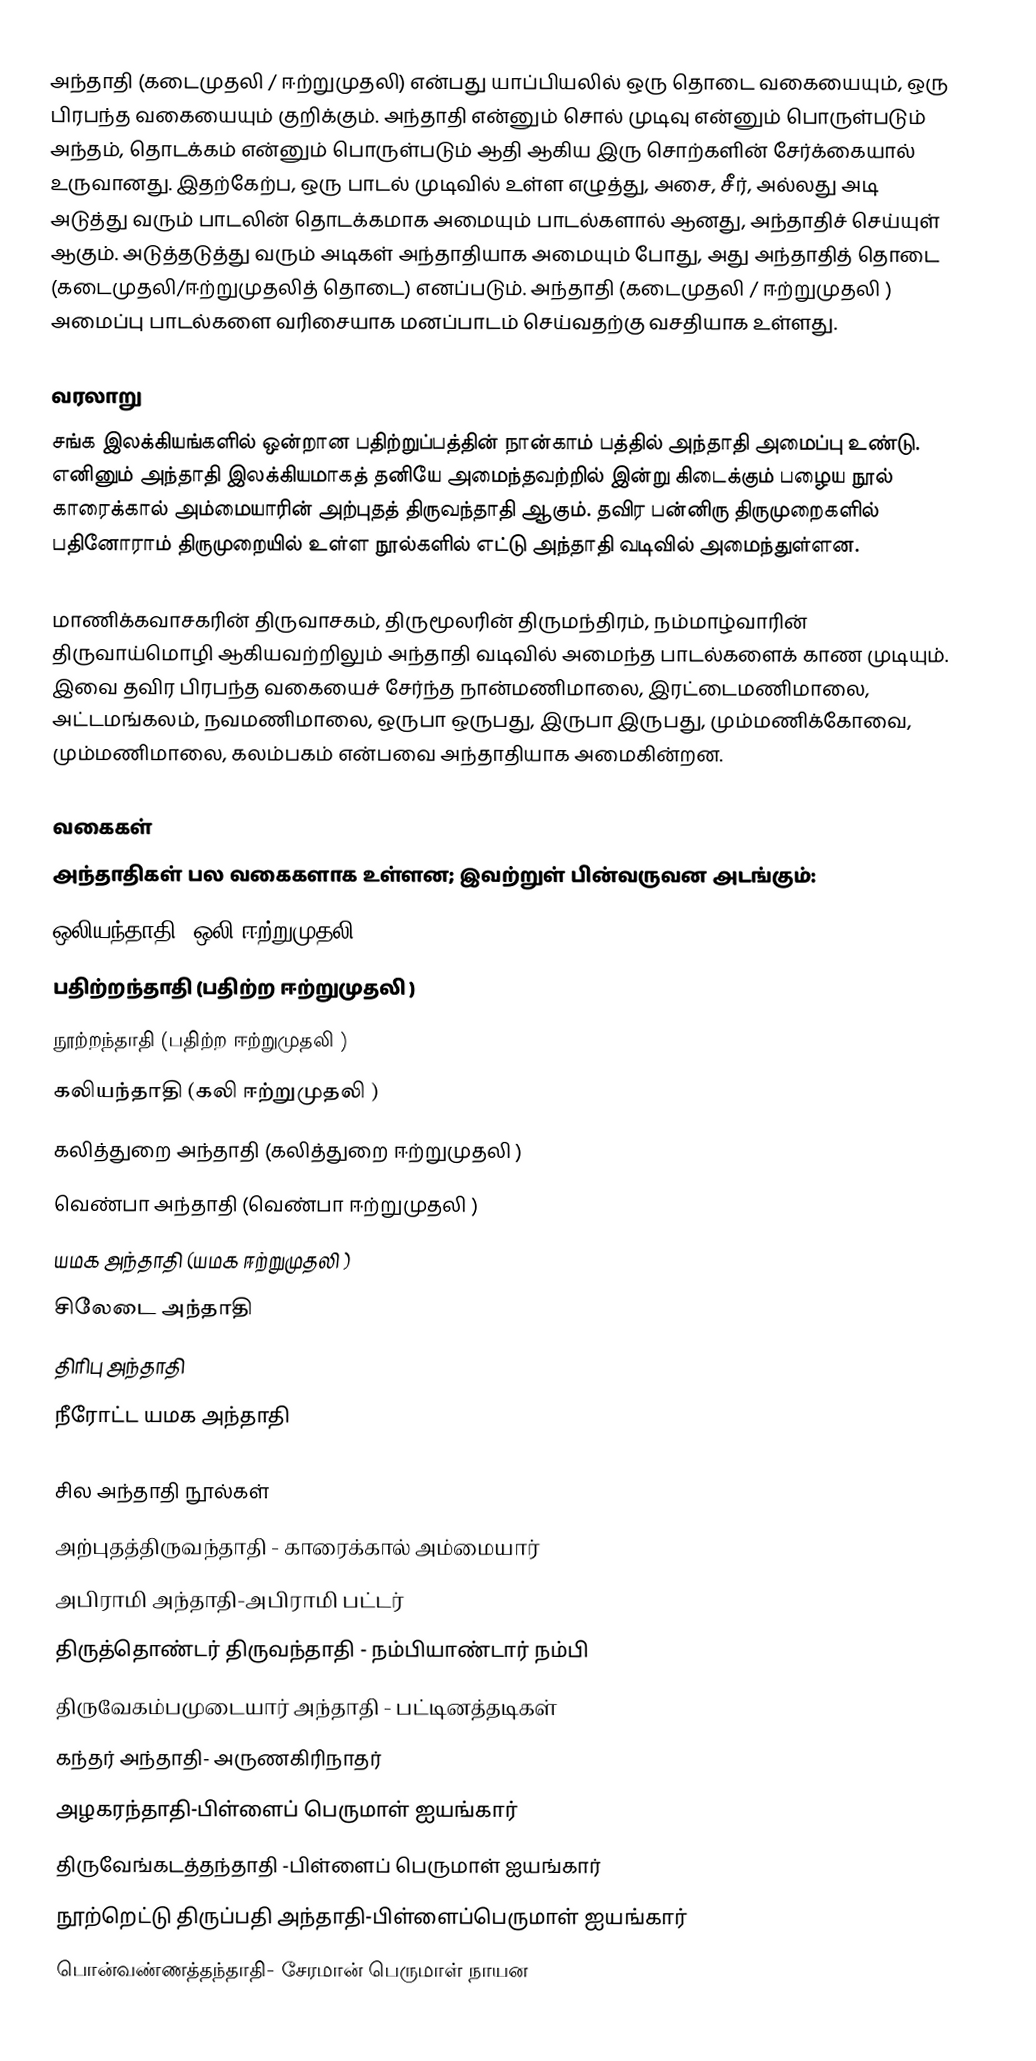
அந்தாதி (கடைமுதலி / ஈற்றுமுதலி) என்பது யாப்பியலில் ஒரு தொடை வகையையும், ஒரு பிரபந்த வகையையும் குறிக்கும். அந்தாதி என்னும் சொல் முடிவு என்னும் பொருள்படும் அந்தம், தொடக்கம் என்னும் பொருள்படும் ஆதி ஆகிய இரு சொற்களின் சேர்க்கையால் உருவானது. இதற்கேற்ப, ஒரு பாடல் முடிவில் உள்ள எழுத்து, அசை, சீர், அல்லது அடி அடுத்து வரும் பாடலின் தொடக்கமாக அமையும் பாடல்களால் ஆனது, அந்தாதிச் செய்யுள் ஆகும். அடுத்தடுத்து வரும் அடிகள் அந்தாதியாக அமையும் போது, அது அந்தாதித் தொடை (கடைமுதலி/ஈற்றுமுதலித் தொடை)  எனப்படும். அந்தாதி (கடைமுதலி / ஈற்றுமுதலி ) அமைப்பு பாடல்களை வரிசையாக மனப்பாடம் செய்வதற்கு வசதியாக உள்ளது.

வரலாறு
சங்க இலக்கியங்களில் ஒன்றான பதிற்றுப்பத்தின் நான்காம் பத்தில் அந்தாதி அமைப்பு உண்டு. எனினும் அந்தாதி இலக்கியமாகத் தனியே அமைந்தவற்றில் இன்று கிடைக்கும் பழைய நூல் காரைக்கால் அம்மையாரின் அற்புதத் திருவந்தாதி ஆகும். தவிர பன்னிரு திருமுறைகளில் பதினோராம் திருமுறையில் உள்ள நூல்களில் எட்டு அந்தாதி வடிவில் அமைந்துள்ளன.

மாணிக்கவாசகரின் திருவாசகம், திருமூலரின் திருமந்திரம், நம்மாழ்வாரின் திருவாய்மொழி ஆகியவற்றிலும் அந்தாதி வடிவில் அமைந்த பாடல்களைக் காண முடியும். இவை தவிர பிரபந்த வகையைச் சேர்ந்த நான்மணிமாலை, இரட்டைமணிமாலை, அட்டமங்கலம், நவமணிமாலை, ஒருபா ஒருபது, இருபா இருபது, மும்மணிக்கோவை, மும்மணிமாலை, கலம்பகம் என்பவை அந்தாதியாக அமைகின்றன.

வகைகள்
அந்தாதிகள் பல வகைகளாக உள்ளன; இவற்றுள் பின்வருவன அடங்கும்:
 ஒலியந்தாதி (ஒலி ஈற்றுமுதலி )
 பதிற்றந்தாதி (பதிற்ற ஈற்றுமுதலி )
 நூற்றந்தாதி (பதிற்ற ஈற்றுமுதலி )
 கலியந்தாதி (கலி ஈற்றுமுதலி )
 கலித்துறை அந்தாதி (கலித்துறை ஈற்றுமுதலி )
 வெண்பா அந்தாதி (வெண்பா ஈற்றுமுதலி )
 யமக அந்தாதி (யமக ஈற்றுமுதலி )
 சிலேடை அந்தாதி
 திரிபு அந்தாதி
 நீரோட்ட யமக அந்தாதி

சில அந்தாதி நூல்கள்
 அற்புதத்திருவந்தாதி - காரைக்கால் அம்மையார்
அபிராமி அந்தாதி-அபிராமி பட்டர்
 திருத்தொண்டர் திருவந்தாதி - நம்பியாண்டார் நம்பி
 திருவேகம்பமுடையார் அந்தாதி - பட்டினத்தடிகள்
 கந்தர் அந்தாதி- அருணகிரிநாதர்
 அழகரந்தாதி-பிள்ளைப் பெருமாள் ஐயங்கார்
 திருவேங்கடத்தந்தாதி -பிள்ளைப் பெருமாள் ஐயங்கார்
நூற்றெட்டு திருப்பதி அந்தாதி-பிள்ளைப்பெருமாள் ஐயங்கார்
 பொன்வண்ணத்தந்தாதி- சேரமான் பெருமாள் நாயன